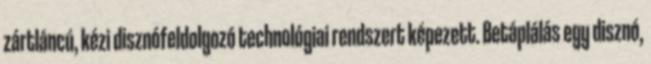
zártláncú, kézi disznófeldolgozó technológiai rend­szert képezett. Betáplálás egy disznó,